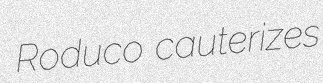
Roduco cauterizes